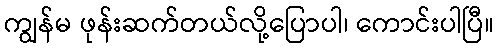
ကျွန်မ ဖုန်းဆက်တယ်လို့ပြောပါ၊ ကောင်းပါပြီ။